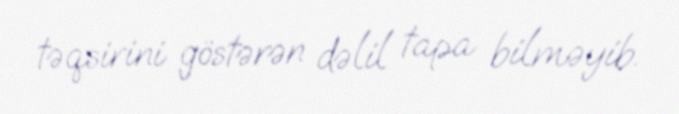
təqsirini göstərən dəlil tapa bilməyib.